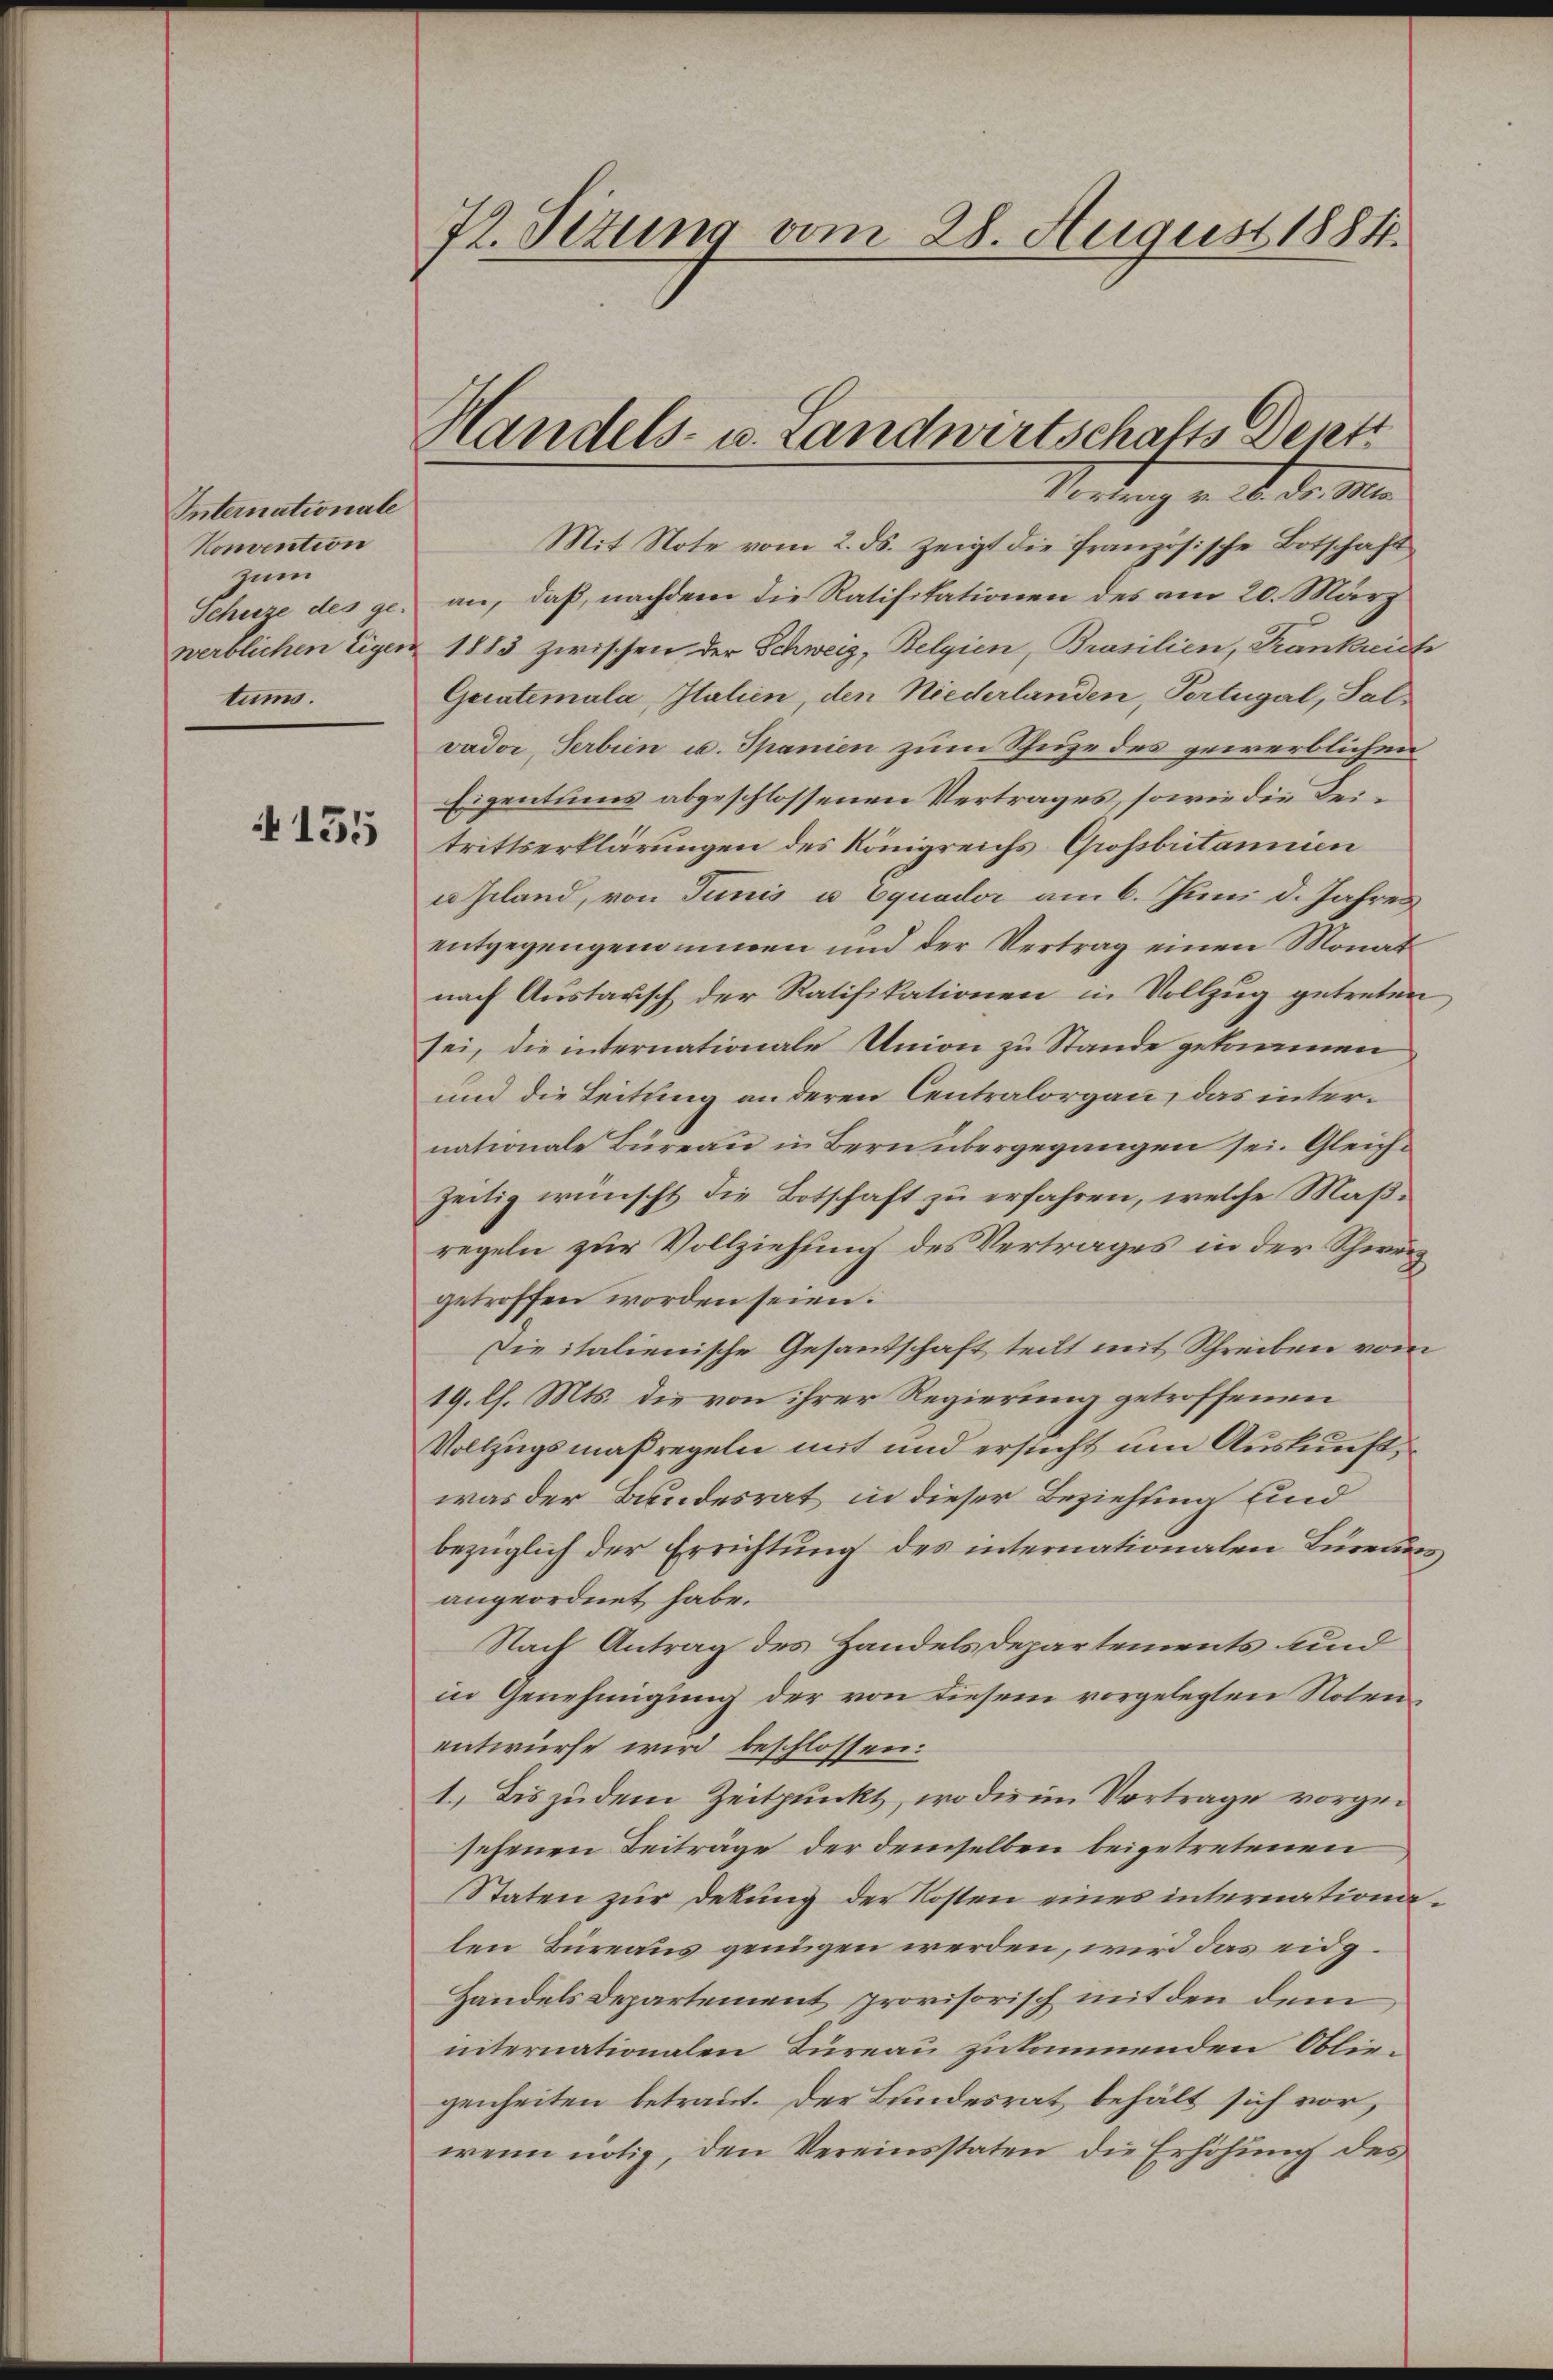
Internationale
Konvention
zum
Schuze des ge-
tums.

135

72. Situng vom 28. August 1884.

Handels- u. Landwirtschafts Desetz
Mortung v. d. d. M.

Mit Note vom 2. ds. zeigt die französische Botschaft
an, daß, nachdem die Ratifikationen des am 20. März
werblichen Eigen 1883 zwischen der Schweiz, Belgien, Brasilien, Krankreich
Geiatemala Italien, den Niederlanden, Portugal, Salvador, Serbien u. Spanien zum Thuze des gewerblichen
Eigentums abgeschlossenen Vertrages, sowie die Leitrittserklärungen des Königreichs Grossbritannien
uscland, von Junis u Equader am 6. Juni d. Jahres
entgegengenommen und der Vertrag einen Monat
nach Austausch der Ratifikationen in Vollzug getreten
sei, die internationale Union zu Stande gekommen
und die Leitung an deren Centralorgau, das internationale Büreau in Bern übergegangen sei. Gleichzeitig wünscht die Botschaft zu erfahren, welche Maßregeln zur Vollziehung des Vertrages in der Schweiz
getroffen worden seien.
Die italienische Gesandschaft teilt mit Schreiben vom
19. Ch. Mts. die von ihrer Regierung getroffenen
Vollzugsmaßregeln mit und ersucht um Auskunft,
was der Bundesrat in dieser Beziehung und
bezüglich der Errichtung des internationalen Bureaus
angeordnet habe.
Nach Antrag des Handelsdepartements und
in Genehmigung der von diesem vorgelegten Noten
entwürfe wird beschlossen:
1.) Das zudem Zeitpunkt, wo die im Vertrage vorgesehenen Beiträge der demselben beigetretenen
Staten zur Dekung der Kosten eines internationalen Bureaus genügen werden, wird das eidg¬
Handels Departement provisorisch mit den dem
internationalen Tureau zukommenden Obliegenheiten betraut. Der Bundesrat behält sich vor,
wenn nötig, den Vereinsstaten die Erhöhŭng des